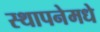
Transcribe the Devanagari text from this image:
स्थापनेमधे